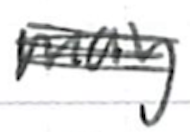
Text: may
Cross-out: scratch
Writing tool: ballpoint